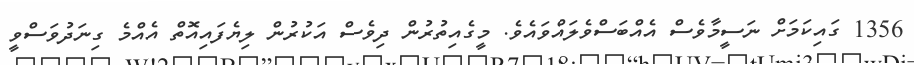
1356 ގައިކަމަށް ނަސީމާވެސް އެއްބަސްވެލައްވައެވެ. މީގެއިތުރުން ދިވެސް އަކުރުން ލިޔެފައިއޮތް އެއްމެ ގިނަދުވަސްވީ